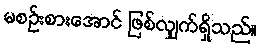
မစဉ်းစားအောင် ဖြစ်လျှက်ရှိသည်။